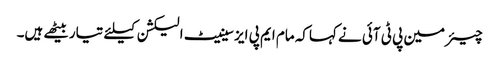
چیئرمین پی ٹی آئی نے کہاکہ مام ایم پی ایز سینیٹ الیکشن کیلئے تیاربیٹھے ہیں۔